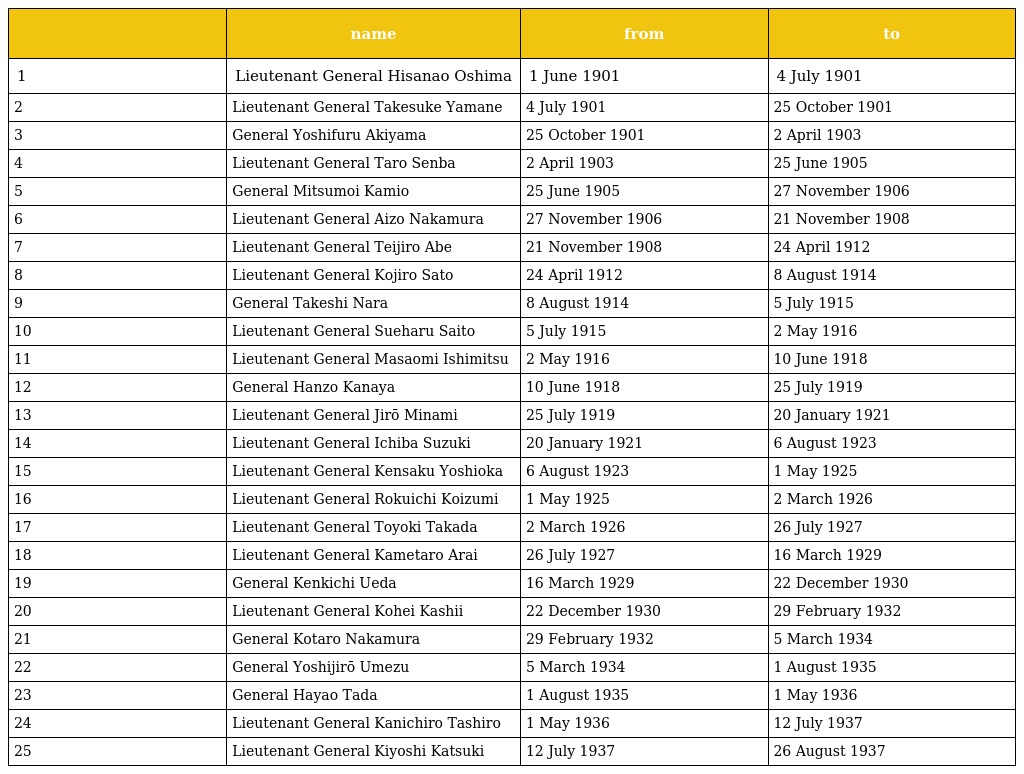
|  | name | from | to |
 | --- | --- | --- | --- |
 | 1 | Lieutenant General Hisanao Oshima | 1 June 1901 | 4 July 1901 |
 | 2 | Lieutenant General Takesuke Yamane | 4 July 1901 | 25 October 1901 |
 | 3 | General Yoshifuru Akiyama | 25 October 1901 | 2 April 1903 |
 | 4 | Lieutenant General Taro Senba | 2 April 1903 | 25 June 1905 |
 | 5 | General Mitsumoi Kamio | 25 June 1905 | 27 November 1906 |
 | 6 | Lieutenant General Aizo Nakamura | 27 November 1906 | 21 November 1908 |
 | 7 | Lieutenant General Teijiro Abe | 21 November 1908 | 24 April 1912 |
 | 8 | Lieutenant General Kojiro Sato | 24 April 1912 | 8 August 1914 |
 | 9 | General Takeshi Nara | 8 August 1914 | 5 July 1915 |
 | 10 | Lieutenant General Sueharu Saito | 5 July 1915 | 2 May 1916 |
 | 11 | Lieutenant General Masaomi Ishimitsu | 2 May 1916 | 10 June 1918 |
 | 12 | General Hanzo Kanaya | 10 June 1918 | 25 July 1919 |
 | 13 | Lieutenant General Jirō Minami | 25 July 1919 | 20 January 1921 |
 | 14 | Lieutenant General Ichiba Suzuki | 20 January 1921 | 6 August 1923 |
 | 15 | Lieutenant General Kensaku Yoshioka | 6 August 1923 | 1 May 1925 |
 | 16 | Lieutenant General Rokuichi Koizumi | 1 May 1925 | 2 March 1926 |
 | 17 | Lieutenant General Toyoki Takada | 2 March 1926 | 26 July 1927 |
 | 18 | Lieutenant General Kametaro Arai | 26 July 1927 | 16 March 1929 |
 | 19 | General Kenkichi Ueda | 16 March 1929 | 22 December 1930 |
 | 20 | Lieutenant General Kohei Kashii | 22 December 1930 | 29 February 1932 |
 | 21 | General Kotaro Nakamura | 29 February 1932 | 5 March 1934 |
 | 22 | General Yoshijirō Umezu | 5 March 1934 | 1 August 1935 |
 | 23 | General Hayao Tada | 1 August 1935 | 1 May 1936 |
 | 24 | Lieutenant General Kanichiro Tashiro | 1 May 1936 | 12 July 1937 |
 | 25 | Lieutenant General Kiyoshi Katsuki | 12 July 1937 | 26 August 1937 |